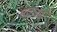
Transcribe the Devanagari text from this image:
मतलबः